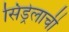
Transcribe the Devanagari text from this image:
सिंड्रेलाची